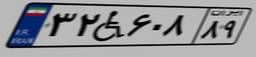
۷۱W۸۱۳۹۶